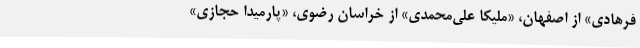
فرهادی» از اصفهان، «ملیکا علی‌محمدی» از خراسان رضوی، «پارمیدا حجازی»